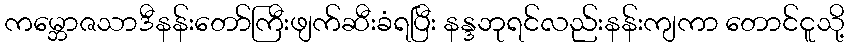
ကမ္ဘောဇသာဒီနန်းတော်ကြီးဖျက်ဆီးခံရပြီး နန္ဒဘုရင်လည်းနန်းကျကာ တောင်ငူသို့